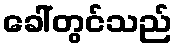
ခေါ်တွင်သည်